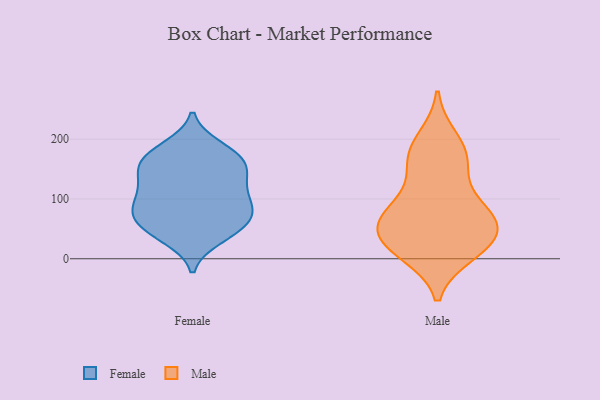
{"axis": {"x": "Revenue (USD Million)", "y": "Value"}, "legend": ["Female", "Male"], "data": [{"x": "", "y": 43, "type": "Female"}, {"x": "", "y": 159, "type": "Female"}, {"x": "", "y": 78, "type": "Female"}, {"x": "", "y": 180, "type": "Female"}, {"x": "", "y": 187, "type": "Female"}, {"x": "", "y": 73, "type": "Female"}, {"x": "", "y": 176, "type": "Female"}, {"x": "", "y": 90, "type": "Female"}, {"x": "", "y": 35, "type": "Female"}, {"x": "", "y": 115, "type": "Female"}, {"x": "", "y": 84, "type": "Female"}, {"x": "", "y": 155, "type": "Female"}, {"x": "", "y": 116, "type": "Female"}, {"x": "", "y": 44, "type": "Female"}, {"x": "", "y": 158, "type": "Female"}, {"x": "", "y": 101, "type": "Female"}, {"x": "", "y": 58, "type": "Female"}, {"x": "", "y": 141, "type": "Female"}, {"x": "", "y": 68, "type": "Female"}, {"x": "", "y": 138, "type": "Female"}, {"x": "", "y": 55, "type": "Male"}, {"x": "", "y": 48, "type": "Male"}, {"x": "", "y": 152, "type": "Male"}, {"x": "", "y": 200, "type": "Male"}, {"x": "", "y": 173, "type": "Male"}, {"x": "", "y": 170, "type": "Male"}, {"x": "", "y": 19, "type": "Male"}, {"x": "", "y": 91, "type": "Male"}, {"x": "", "y": 10, "type": "Male"}, {"x": "", "y": 66, "type": "Male"}, {"x": "", "y": 29, "type": "Male"}, {"x": "", "y": 68, "type": "Male"}, {"x": "", "y": 21, "type": "Male"}, {"x": "", "y": 86, "type": "Male"}]}